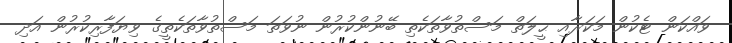
ވައްކަން ޓެކުން މަކަރާއި ޙީލަތް މަސްތުވާތަކެތި ބޭނުންކުރުން ނުވަތަ މަސްތުވާތަކެތީގެ ވިޔަފާރިކުރުން އަދި